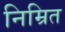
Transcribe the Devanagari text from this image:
निम्रित